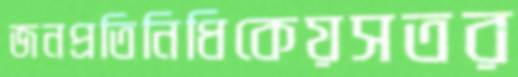
জনপ্রতিনিধিকেয়সতর